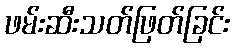
ဖမ်းဆီးသတ်ဖြတ်ခြင်း